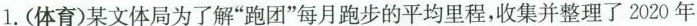
1.(体育)某文体局为了解”跑团”每月跑步的平均里程，收集并整理了2020年